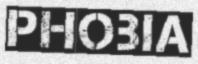
PHOBIA